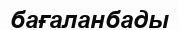
бағаланбады